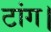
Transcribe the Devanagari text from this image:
टांग।